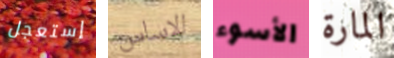
إستعجل الاساس الأسوء المارة